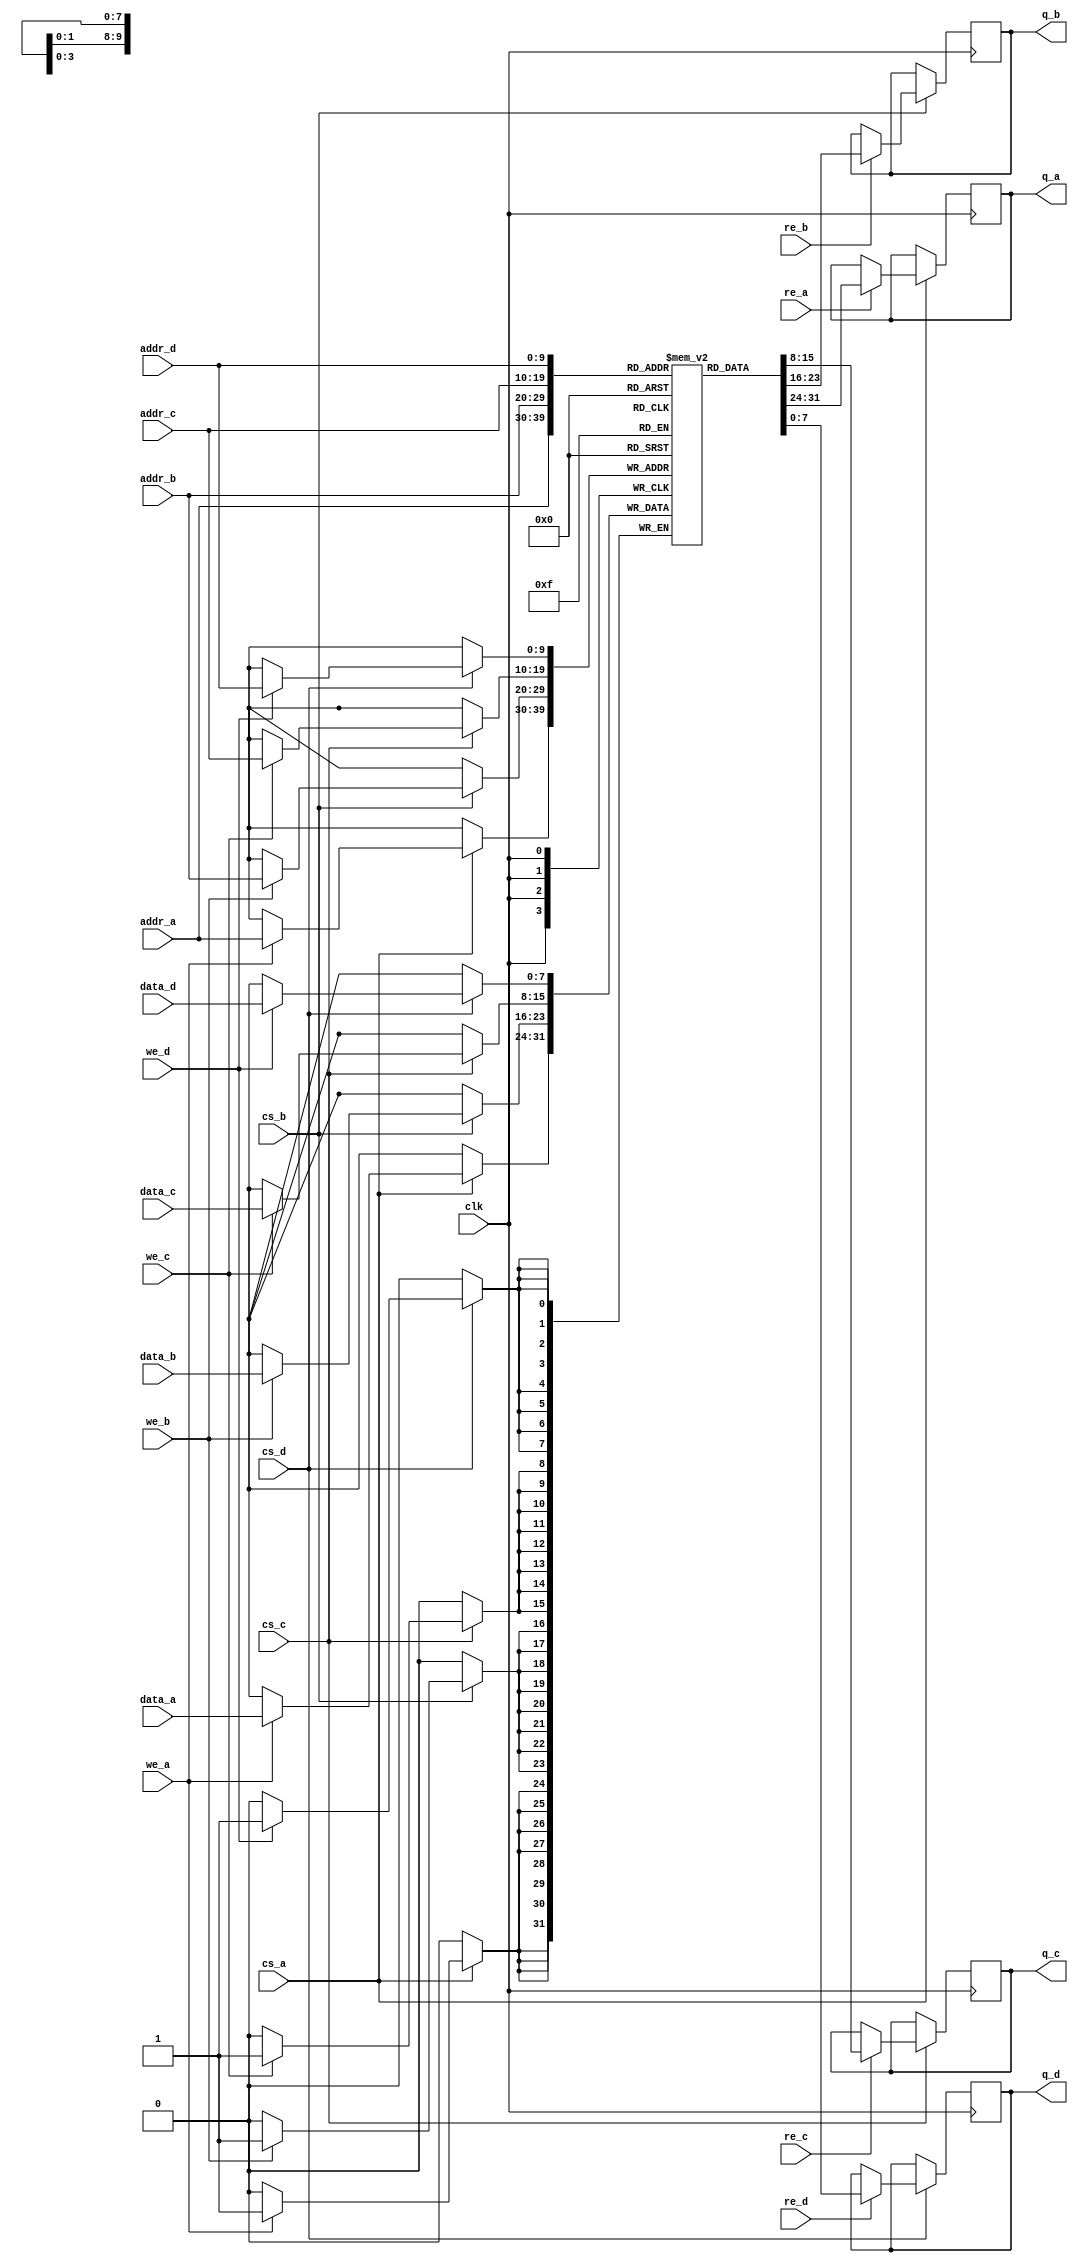
module QuadPortSRAM #(
    parameter DATA_WIDTH = 8,  // Width of each memory location (in bits)
    parameter ADDR_WIDTH = 10   // Number of addressable locations
)(
    // Port A
    input wire [ADDR_WIDTH-1:0] addr_a,  // Address input for Port A
    input wire [DATA_WIDTH-1:0] data_a,   // Data input for Port A
    input wire we_a,                      // Write Enable for Port A
    input wire re_a,                      // Read Enable for Port A
    input wire cs_a,                      // Chip Select for Port A
    output reg [DATA_WIDTH-1:0] q_a,     // Data output for Port A
    
    // Port B
    input wire [ADDR_WIDTH-1:0] addr_b,  // Address input for Port B
    input wire [DATA_WIDTH-1:0] data_b,   // Data input for Port B
    input wire we_b,                      // Write Enable for Port B
    input wire re_b,                      // Read Enable for Port B
    input wire cs_b,                      // Chip Select for Port B
    output reg [DATA_WIDTH-1:0] q_b,     // Data output for Port B
    
    // Port C
    input wire [ADDR_WIDTH-1:0] addr_c,  // Address input for Port C
    input wire [DATA_WIDTH-1:0] data_c,   // Data input for Port C
    input wire we_c,                      // Write Enable for Port C
    input wire re_c,                      // Read Enable for Port C
    input wire cs_c,                      // Chip Select for Port C
    output reg [DATA_WIDTH-1:0] q_c,     // Data output for Port C

    // Port D
    input wire [ADDR_WIDTH-1:0] addr_d,  // Address input for Port D
    input wire [DATA_WIDTH-1:0] data_d,   // Data input for Port D
    input wire we_d,                      // Write Enable for Port D
    input wire re_d,                      // Read Enable for Port D
    input wire cs_d,                      // Chip Select for Port D
    output reg [DATA_WIDTH-1:0] q_d,     // Data output for Port D

    input wire clk                        // Clock signal
);

    // Memory array
    reg [DATA_WIDTH-1:0] memory [(1 << ADDR_WIDTH)-1:0];

    // Port A Logic
    always @(posedge clk) begin
        if (cs_a) begin
            if (we_a) begin
                memory[addr_a] <= data_a; // Write operation
            end
            if (re_a) begin
                q_a <= memory[addr_a];   // Read operation
            end
        end
    end

    // Port B Logic
    always @(posedge clk) begin
        if (cs_b) begin
            if (we_b) begin
                memory[addr_b] <= data_b; // Write operation
            end
            if (re_b) begin
                q_b <= memory[addr_b];   // Read operation
            end
        end
    end

    // Port C Logic
    always @(posedge clk) begin
        if (cs_c) begin
            if (we_c) begin
                memory[addr_c] <= data_c; // Write operation
            end
            if (re_c) begin
                q_c <= memory[addr_c];   // Read operation
            end
        end
    end

    // Port D Logic
    always @(posedge clk) begin
        if (cs_d) begin
            if (we_d) begin
                memory[addr_d] <= data_d; // Write operation
            end
            if (re_d) begin
                q_d <= memory[addr_d];   // Read operation
            end
        end
    end

endmodule